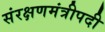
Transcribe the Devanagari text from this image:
संरक्षणमंत्रीपदी